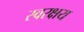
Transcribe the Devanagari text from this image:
स्वरक्षय